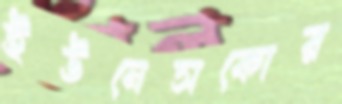
ইউনেসকোর